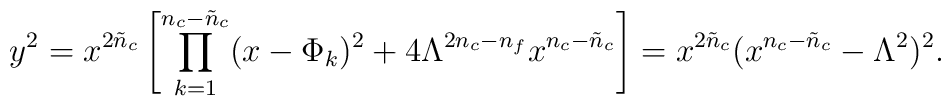
y^{2} = x^{2\tilde{n}_{c}}        \left[ \prod_{k=1}^{n_{c}-\tilde{n}_{c}} (x-\Phi_{k})^{2}                + 4 \Lambda^{2n_{c}-n_{f}} x^{n_{c}-\tilde{n}_{c}}\right] =   x^{2{\tilde n}_c}    ( x^{n_c - {\tilde n}_c } -   \Lambda^2   )^2.